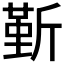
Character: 𣂷